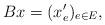
LaTeX: \begin{align*} B x = (x'_e)_{e\in E},\end{align*}